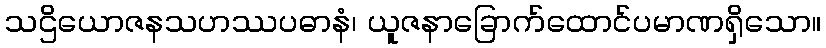
သဌိယောဇနသဟဿပဓာနံ၊ ယူဇနာခြောက်ထောင်ပမာဏရှိသော။